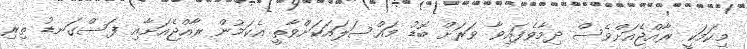
މިކަމަކީ ރާއްޖެއަށްވެސް ދިމާވެފައިވާ ވަރަށް ބޮޑު މައްސަލައަކަށްވާތީ އެކަމުން ރާއްޖެއަށާއި ފަސްގަނޑު ތިރި